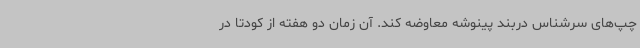
چپ‌های سرشناس دربند پینوشه معاوضه کند. آن زمان دو هفته از کودتا در